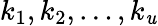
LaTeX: k_{1},k_{2},\dots,k_{\mathit{u}}